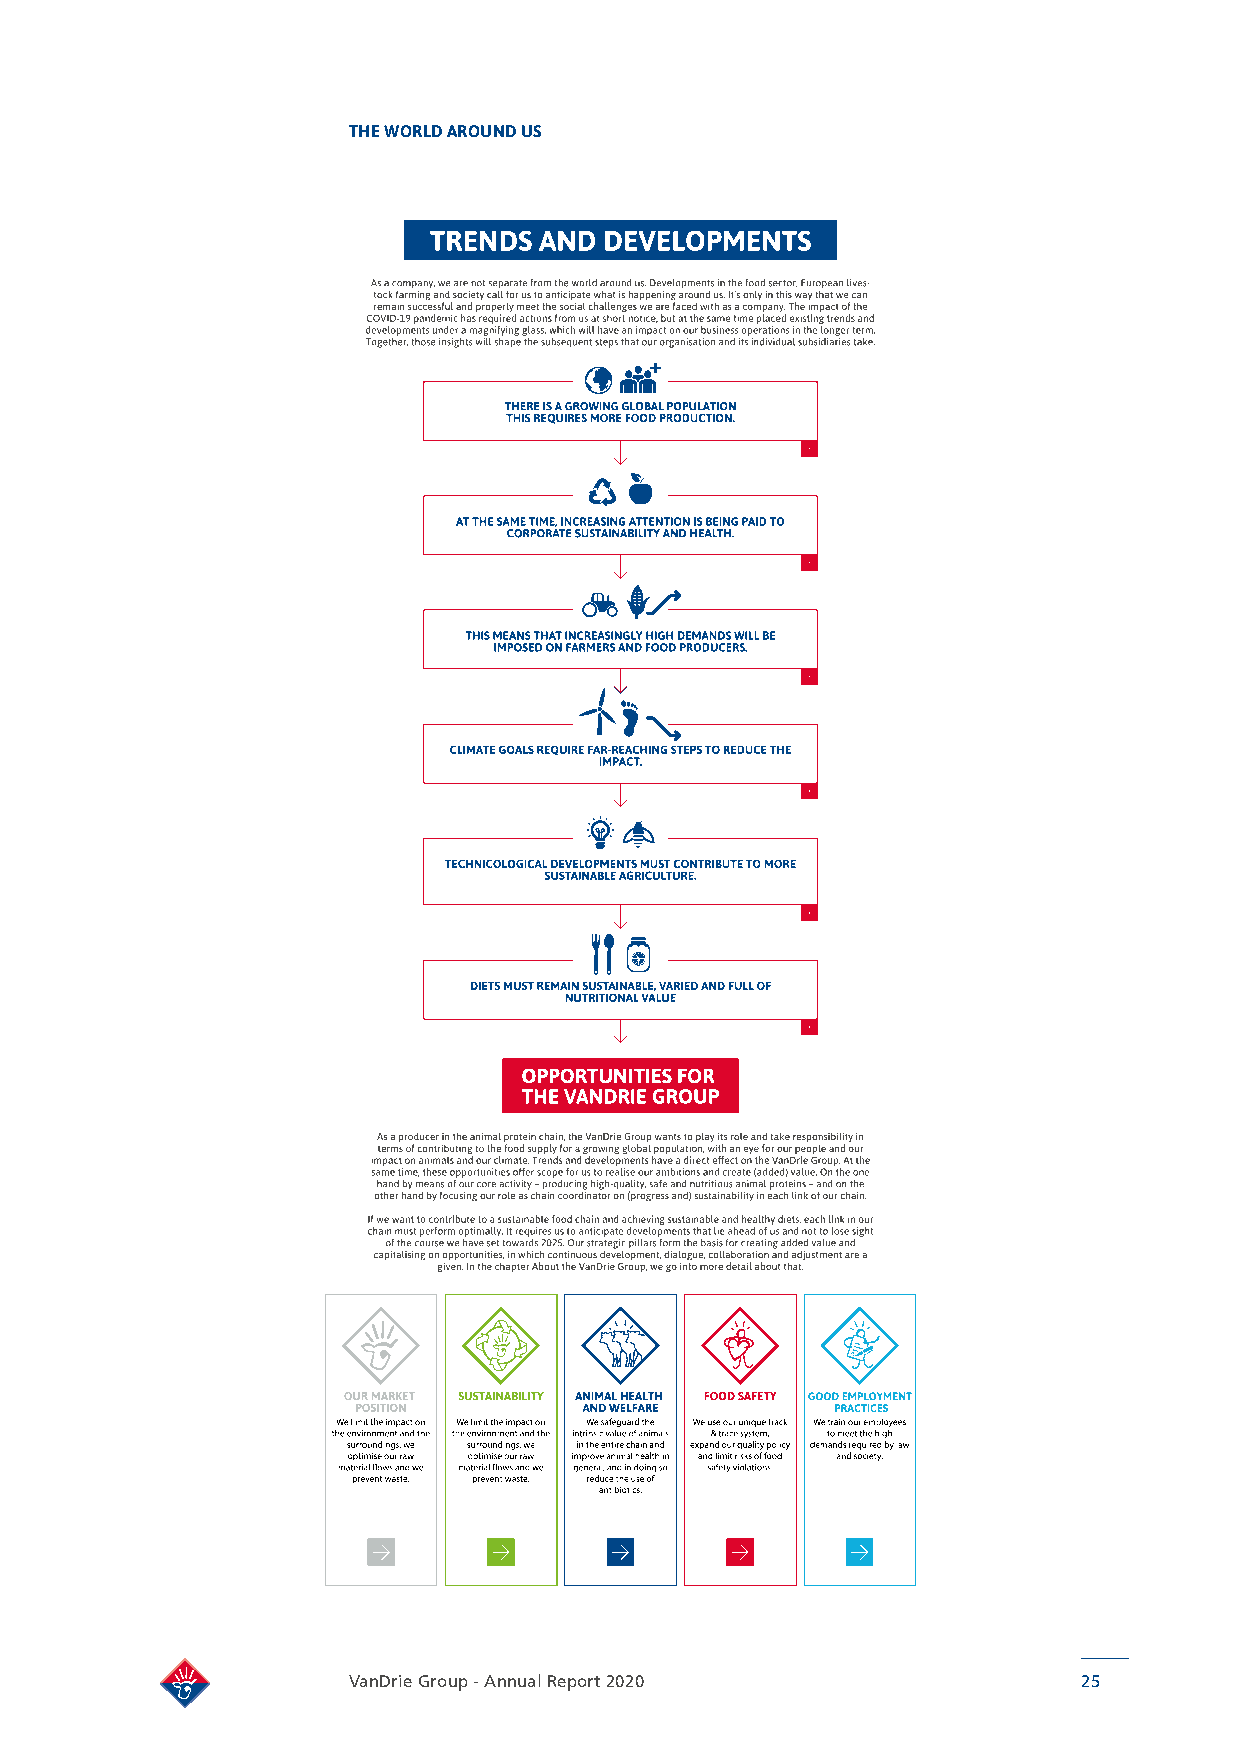
THE WORLD AROUND US
 VanDrie Group - Annual Report 2020               25